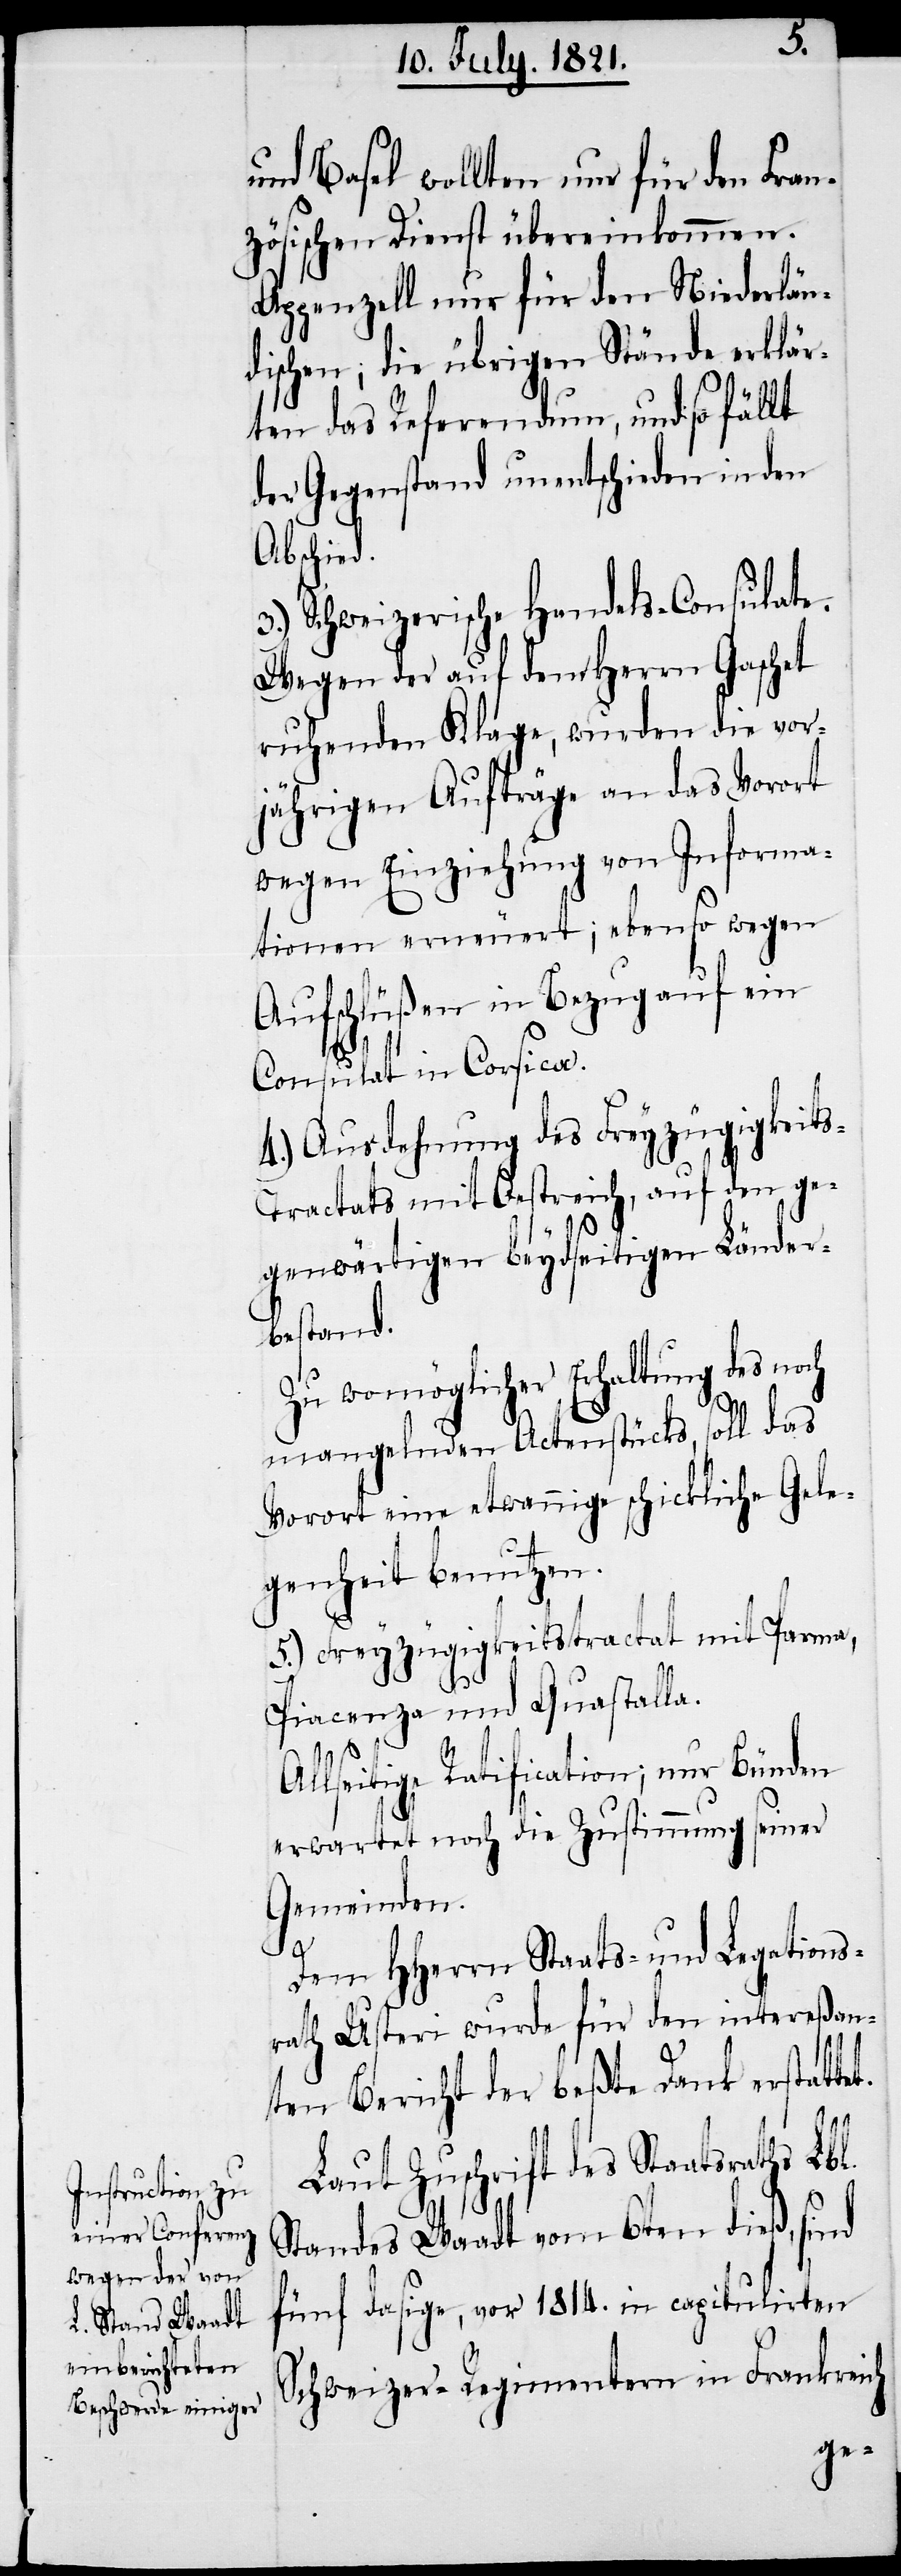
und Basel wollten nur für den Fran¬
zösischen Dienst übereinkommen.
Appenzell nur für den Niederlän¬
dischen; die übrigen Stände erklär¬
ten das Referendum, und so fällt
der Gegenstand unentschieden in den
Abschied.
3.) Schweizerische Handels-Consulate.
Wegen der auf dem Herrn Gaschet
ruhenden Klage, wurden die vor¬
jährigen Aufträge an das Vorort
wegen Einbeziehung von Informa¬
tionen erneuert; ebenso wegen
Aufschlüßen in Bezug auf ein
Consulat in Corsica.
4.) Ausdehnung des Freyzügigkeit¬
s-Tractats mit Oestreich, auf den ge¬
genwärtigen beydseitigen Länder¬
bestand.
des noch
Zu womöglicher Erhaltung
mangelnden Actenstücks, soll das
Vorort eine etwannige schickliche Gele¬
genheit benutzen.
5.) Freyzügigkeitstractat mit Parma,
Piacenza und Quastalla.
llseitige Ratification; nur Bünden
erwartet noch die Zustimmung seiner
Gemeinden.
Dem HHerrn Staats- und Legations¬
rath Usteri wurde für den intereßan¬
ten Bericht der beßte Dank erstatte¬
t.
Laut Zuschrift des Staatsraths Lbl.
Standes Waadt vom 6ten dieß, sind
fünf dasige, vor 1814. in capitulirten
Schweizer-Regimentern in Frankreich